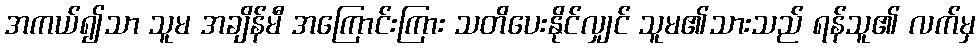
အကယ်၍သာ သူမ အချိန်မီ အကြောင်းကြား သတိပေးနိုင်လျှင် သူမ၏သားသည် ရန်သူ၏ လက်မှ